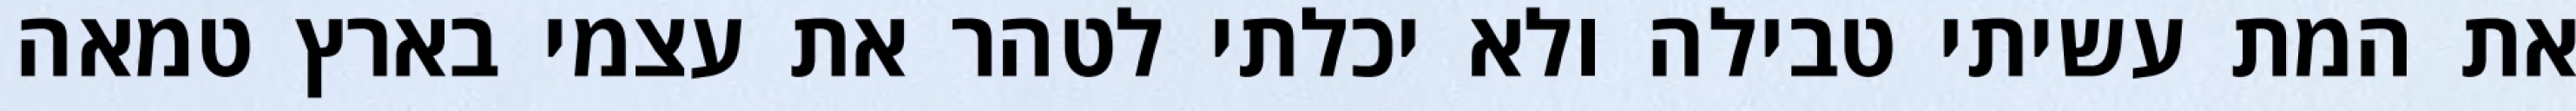
את המת עשיתי טבילה ולא יכלתי לטהר את עצמי בארץ טמאה